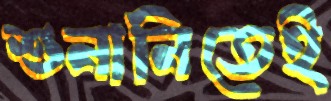
শুনানিতেই